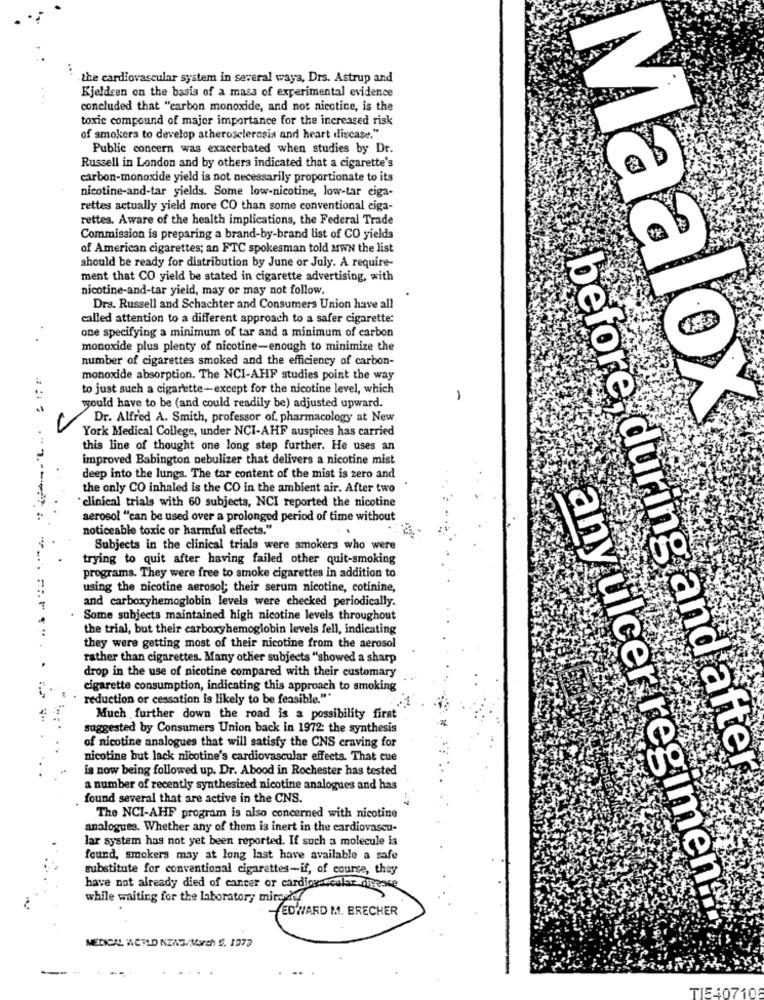
the cardiovascular system in several ways, Drs. Astrup and
Kjeldsen on the basis of a mass of experimental evidence
..
concluded that "carbon monoxide, and not nicotine, is the
toxic compound of major importance for the increased risk
of smokers to develop atherosclerosis and heart discase."
Public concern was exacerbated when studies by Dr.
Russell in London and by others indicated that a cigarette's
carbon-monoxide yield is not necessarily proportionate to its
nicotine-and-tar yields. Some low-nicotine, low-tar ciga-
rettes actually yield more CO than some conventional ciga-
rettes. Aware of the health implications, the Federal Trade
Commission is preparing a brand-by-brand list of CO yields
of American cigarettes; an FTC spokesman told MWN the list
should be ready for distribution by June or July. A require-
ment that CO yield be stated in cigarette advertising, with
nicotine-and-tar yield, may or may not follow
Dra. Russell and Schachter and Consumers Union have all
called attention to a different approach to a safer cigarette:
one specifying a minimum of tar and a minimum of carbon
monoxide plus plenty of nicotine-enough to minimize the
number of cigarettes smoked and the efficiency of carbon-
monoxide absorption. The NCI-AHF studies point the way
to just such a cigarette-except for the nicotine level, which
yould have to be (and could readily be) adjusted upward.
Dr. Alfred A. Smith, professor of. pharmacology at New
Maalox
York Medical College, under NCI-AHF auspices has carried
this line of thought one long step further. He uses an
improved Babington nebulizer that delivers a nicotine mist
deep into the lungs. The tar content of the mist is zero and
the only CO inhaled is the CO in the ambient air. After two
"clinical trials with 60 subjects, NCI reported the nicotine
aerosol "can be used over a prolonged period of time without
noticeable toxic or harmful effects."
Subjects in the clinical trials were smokers who were
trying to quit after having failed other quit-smoking
programs. They were free to smoke cigarettes in addition to
using the nicotine aerosol; their serum nicotine, cotinine,
and carboxyhemoglobin levels were checked periodically.
Some subjects maintained high nicotine levels throughout
the trial, but their carboxyhemoglobin levels fell, indicating
they were getting most of their nicotine from the aerosol
rather than cigarettes. Many other subjects "showed a sharp
drop in the use of nicotine compared with their customary
cigarette consumption, indicating this approach to smoking
reduction or cessation is likely to be feasible."*
Much further down the road is a possibility first
suggested by Consumers Union back in 1972: the synthesis
of nicotine analogues that will satisfy the CNS craving for
nicotine but lack nicotine's cardiovascular effects. That cue
is now being followed up. Dr. Abood in Rochester has tested
before during and after
a number of recently synthesized nicotine analogues and has
found several that are active in the CNS.
The NCI-AHF program is also concerned with nicotine
analogues. Whether any of them is inert in the cardiovascu-
lar system has not yet been reported. If such a molecule is
found, smokers may at long last have available a safe
substitute for conventional cigarettes-if, of course, they
have not already died of cancer or cardiovascular dipesce
any ulcer regimen
while waiting for the laboratory miredley
EDWARD M. ERECHER
MEDICAL IACRLD NEWS/March S. 1073
TIE40710